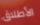
الأطلاق